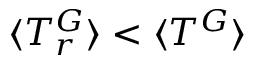
\langle T _ { r } ^ { G } \rangle < \langle T ^ { G } \rangle